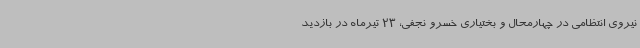
نیروی انتظامی در چهارمحال و بختیاری خسرو نجفی، 23 تیرماه در بازدید